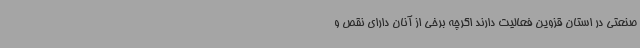
صنعتی در استان قزوین فعالیت دارند اگرچه برخی از آنان دارای نقص و